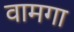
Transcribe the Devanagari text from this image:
वामगा